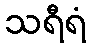
သရီရံ